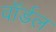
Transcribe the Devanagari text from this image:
वॉर्डल